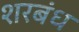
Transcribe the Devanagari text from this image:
शरबंध